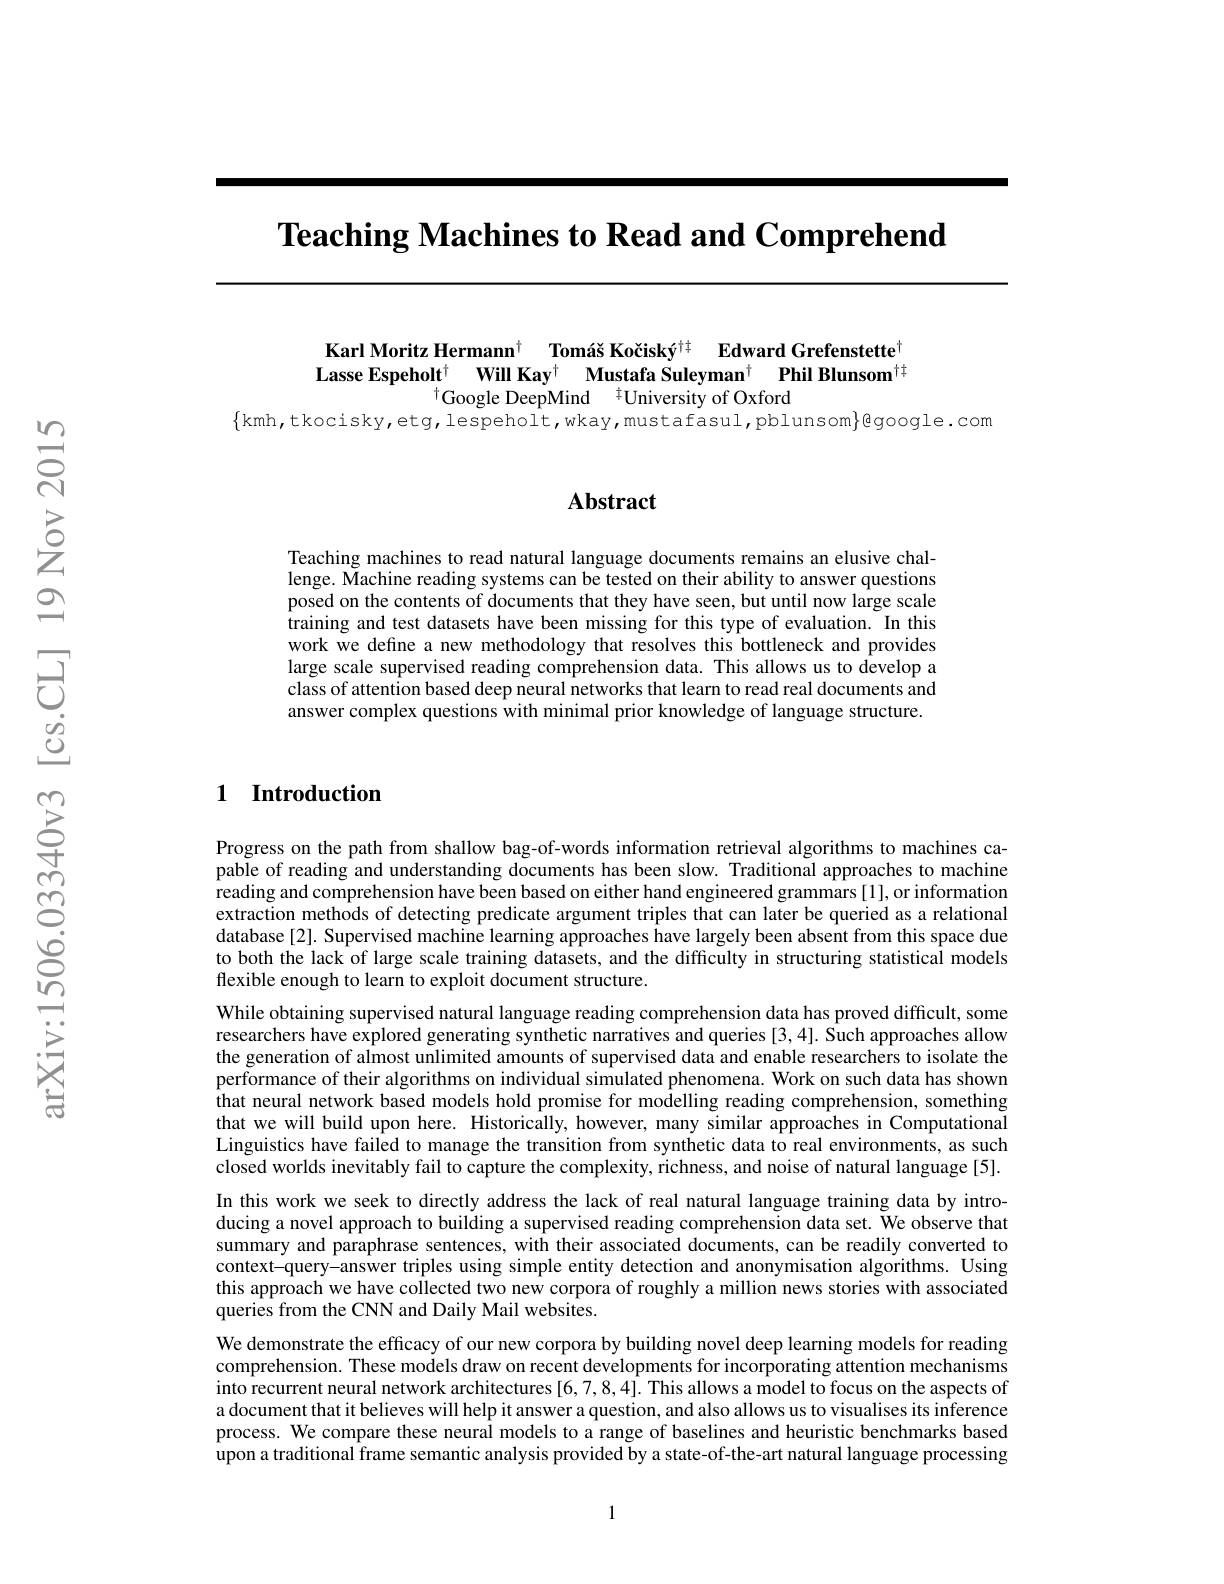
Teaching Machines to Read and Comprehend

Karl Moritz Hermann$^{\dagger}$ Tomáš Kočiský$^{\dagger\dagger}$ Edward Grefenstette Lasse Espeholt$^{\dagger}$ Will Kay$^{\dagger}$ Mustafa Suleyman$^{\dagger}$ Phil Blunsom$^{\dagger\dagger}$
$^{\dagger}$Google DeepMind$\:^{\dagger}$University of Oxford
$\{$kmh,tkocisky,etg,lespeholt,wkay,mustafasul,pblunsom$\}$Bgoogle.com

## Abstract

Teaching machines to read natural language documents remains an elusive challenge. Machine reading systems can be tested on their ability to answer questions posed on the contents of documents that they have seen, but until now large scale training and test datasets have been missing for this type of evaluation. In this work we define a new methodology that resolves this bottleneck and provides large scale supervised reading comprehension data. This allows us to develop a class of attention based deep neural networks that learn to read real documents and answer complex questions with minimal prior knowledge of language structure.

## 1 Introduction

Progress on the path from shallow bag-of-words information retrieval algorithms to machines capable of reading and understanding documents has been slow. Traditional approaches to machine reading and comprehension have been based on either hand engineered grammars [1], or information extraction methods of detecting predicate argument triples that can later be queried as a relational database [2]. Supervised machine learning approaches have largely been absent from this space due to both the lack of large scale training datasets, and the difficulty in structuring statistical models flexible enough to learn to exploit document structure.
While obtaining supervised natural language reading comprehension data has proved difficult, some researchers have explored generating synthetic narratives and queries [3,4]. Such approaches allow the generation of almost unlimited amounts of supervised data and enable researchers to isolate the performance of their algorithms on individual simulated phenomena. Work on such data has shown that neural network based models hold promise for modelling reading comprehension, something that we will build upon here. Historically, however, many similar approaches in Computational Linguistics have failed to manage the transition from synthetic data to real environments, as such closed worlds inevitably fail to capture the complexity, richness, and noise of natural language[5]. In this work we seek to directly address the lack of real natural language training data by introducing a novel approach to building a supervised reading comprehension data set. We observe that summary and paraphrase sentences, with their associated documents, can be readily converted to context-query-answer triples using simple entity detection and anonymisation algorithms. Using this approach we have collected two new corpora of roughly a million news stories with associated queries from the CNN and Daily Mail websites.
We demonstrate the efficacy of our new corpora by building novel deep learning models for reading comprehension. These models draw on recent developments for incorporating attention mechanisms into recurrent neural network architectures [6,7,8,4]. This allows a model to focus on the aspects of a document that it believes will help it answer a question, and also allows us to visualises its inference process. We compare these neural models to a range of baselines and heuristic benchmarks based $\hat{\text{upon a traditional frame semantic analysis provided by a state-of-the-art natural language processing}}$

1